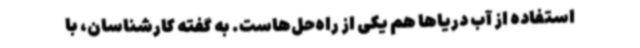
استفاده از آب دریاها هم یکی از راه‌حل‌هاست. به گفته کارشناسان، با